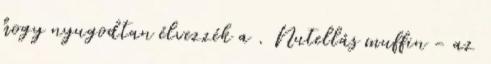
hogy nyugodtan élvezzék a . Nutellás muffin - az